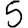
Digit: 5